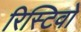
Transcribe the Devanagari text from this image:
रिस्टिवो